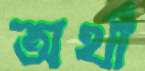
অর্থা